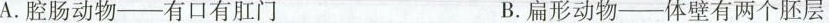
A.腔肠动物-有口有肛门 B.扁形动物-体壁有两个胚层